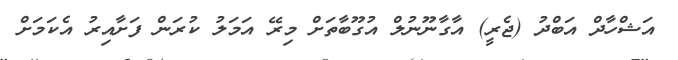
އަޝްހާދް އަބްދު (ޖެރީ) އާގާނޫނުލް އުގޫބާތަށް މިރޭ އަމަލު ކުރަން ފަށާއިރު އެކަމަށް